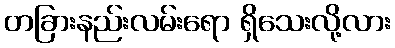
တခြားနည်းလမ်းရော ရှိသေးလို့လား